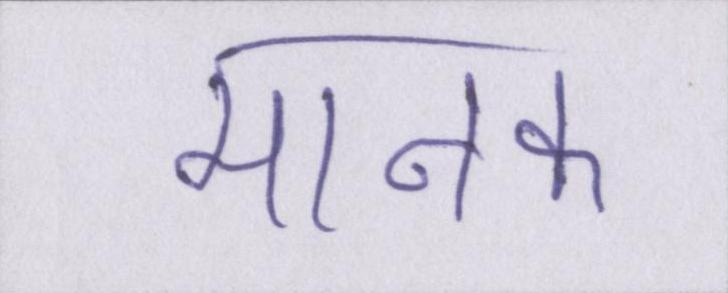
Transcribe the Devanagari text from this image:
मानक